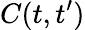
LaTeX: C(t,t^{\prime})